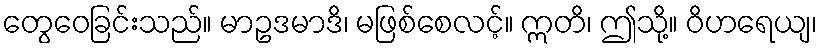
တွေဝေခြင်းသည်။ မာဥဒမာဒိ၊ မဖြစ်စေလင့်။ ဣတိ၊ ဤသို့။ ဝိဟရေယျ၊